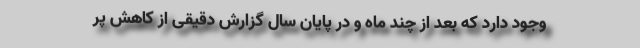
وجود دارد که بعد از چند ماه و در پایان سال گزارش دقیقی از کاهش پر